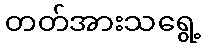
တတ်အားသရွေ့